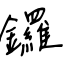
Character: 鑼